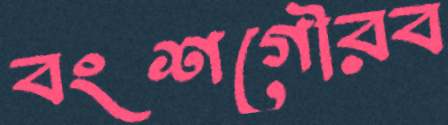
বংশগৌরব